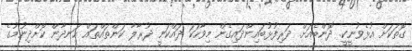
ގޮތަކަށް އުޅެވުނީކީ. ދޮންބެއަށް. ދަރިފުޅުބައިންދައިގެން މިވާހަކަ ދައްކަނީ ދުރާލާ ކަންތައްތައް ހަނދާން ކޮށްދިނުމުގެ